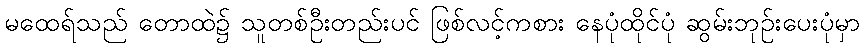
မထေရ်သည် တောထဲ၌ သူတစ်ဦးတည်းပင် ဖြစ်လင့်ကစား နေပုံထိုင်ပုံ ဆွမ်းဘုဉ်းပေးပုံမှာ